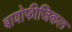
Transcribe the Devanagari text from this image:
बायोफीजिकल